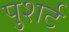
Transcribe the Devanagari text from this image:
पुशर्ट